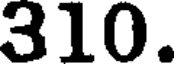
310.